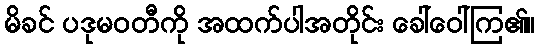
မိခင် ပဒုမဝတီကို အထက်ပါအတိုင်း ခေါ်ဝေါ်ကြ၏။